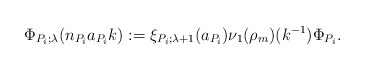
\begin{align*}\Phi_{P_i;\lambda}(n_{P_i}a_{P_i}k):=\xi_{P_i;\lambda+1}(a_{P_i})\nu_1(\rho_m)(k^{-1})\Phi_{P_i}.\end{align*}